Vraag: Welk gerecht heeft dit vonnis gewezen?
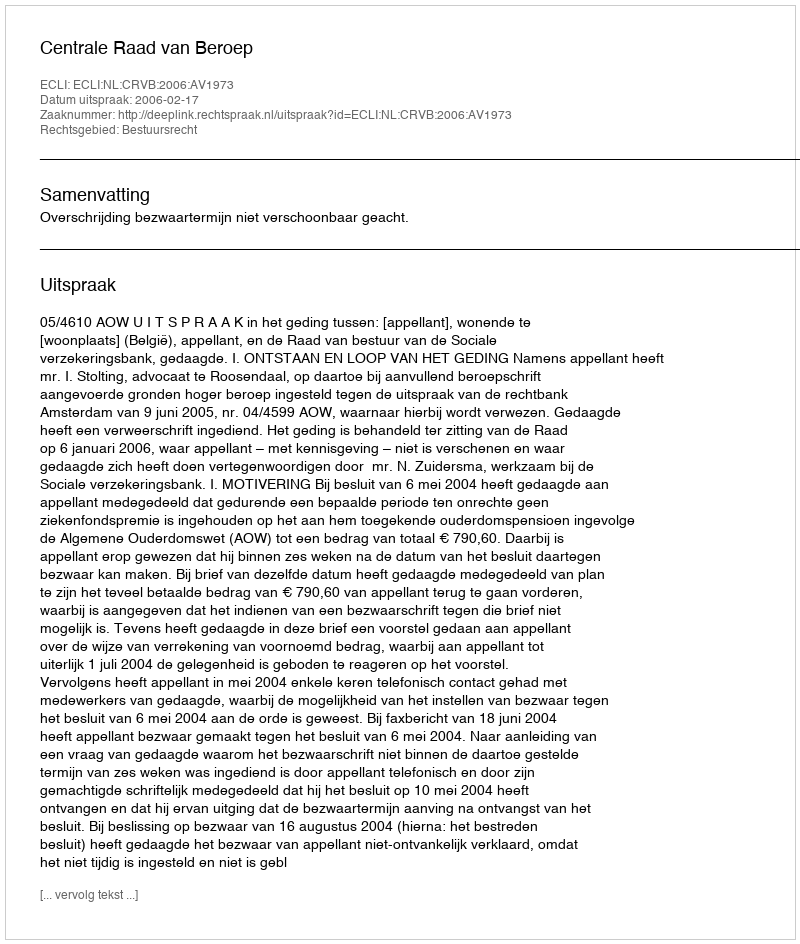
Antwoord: Centrale Raad van Beroep